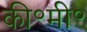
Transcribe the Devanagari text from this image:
की॰मी॰